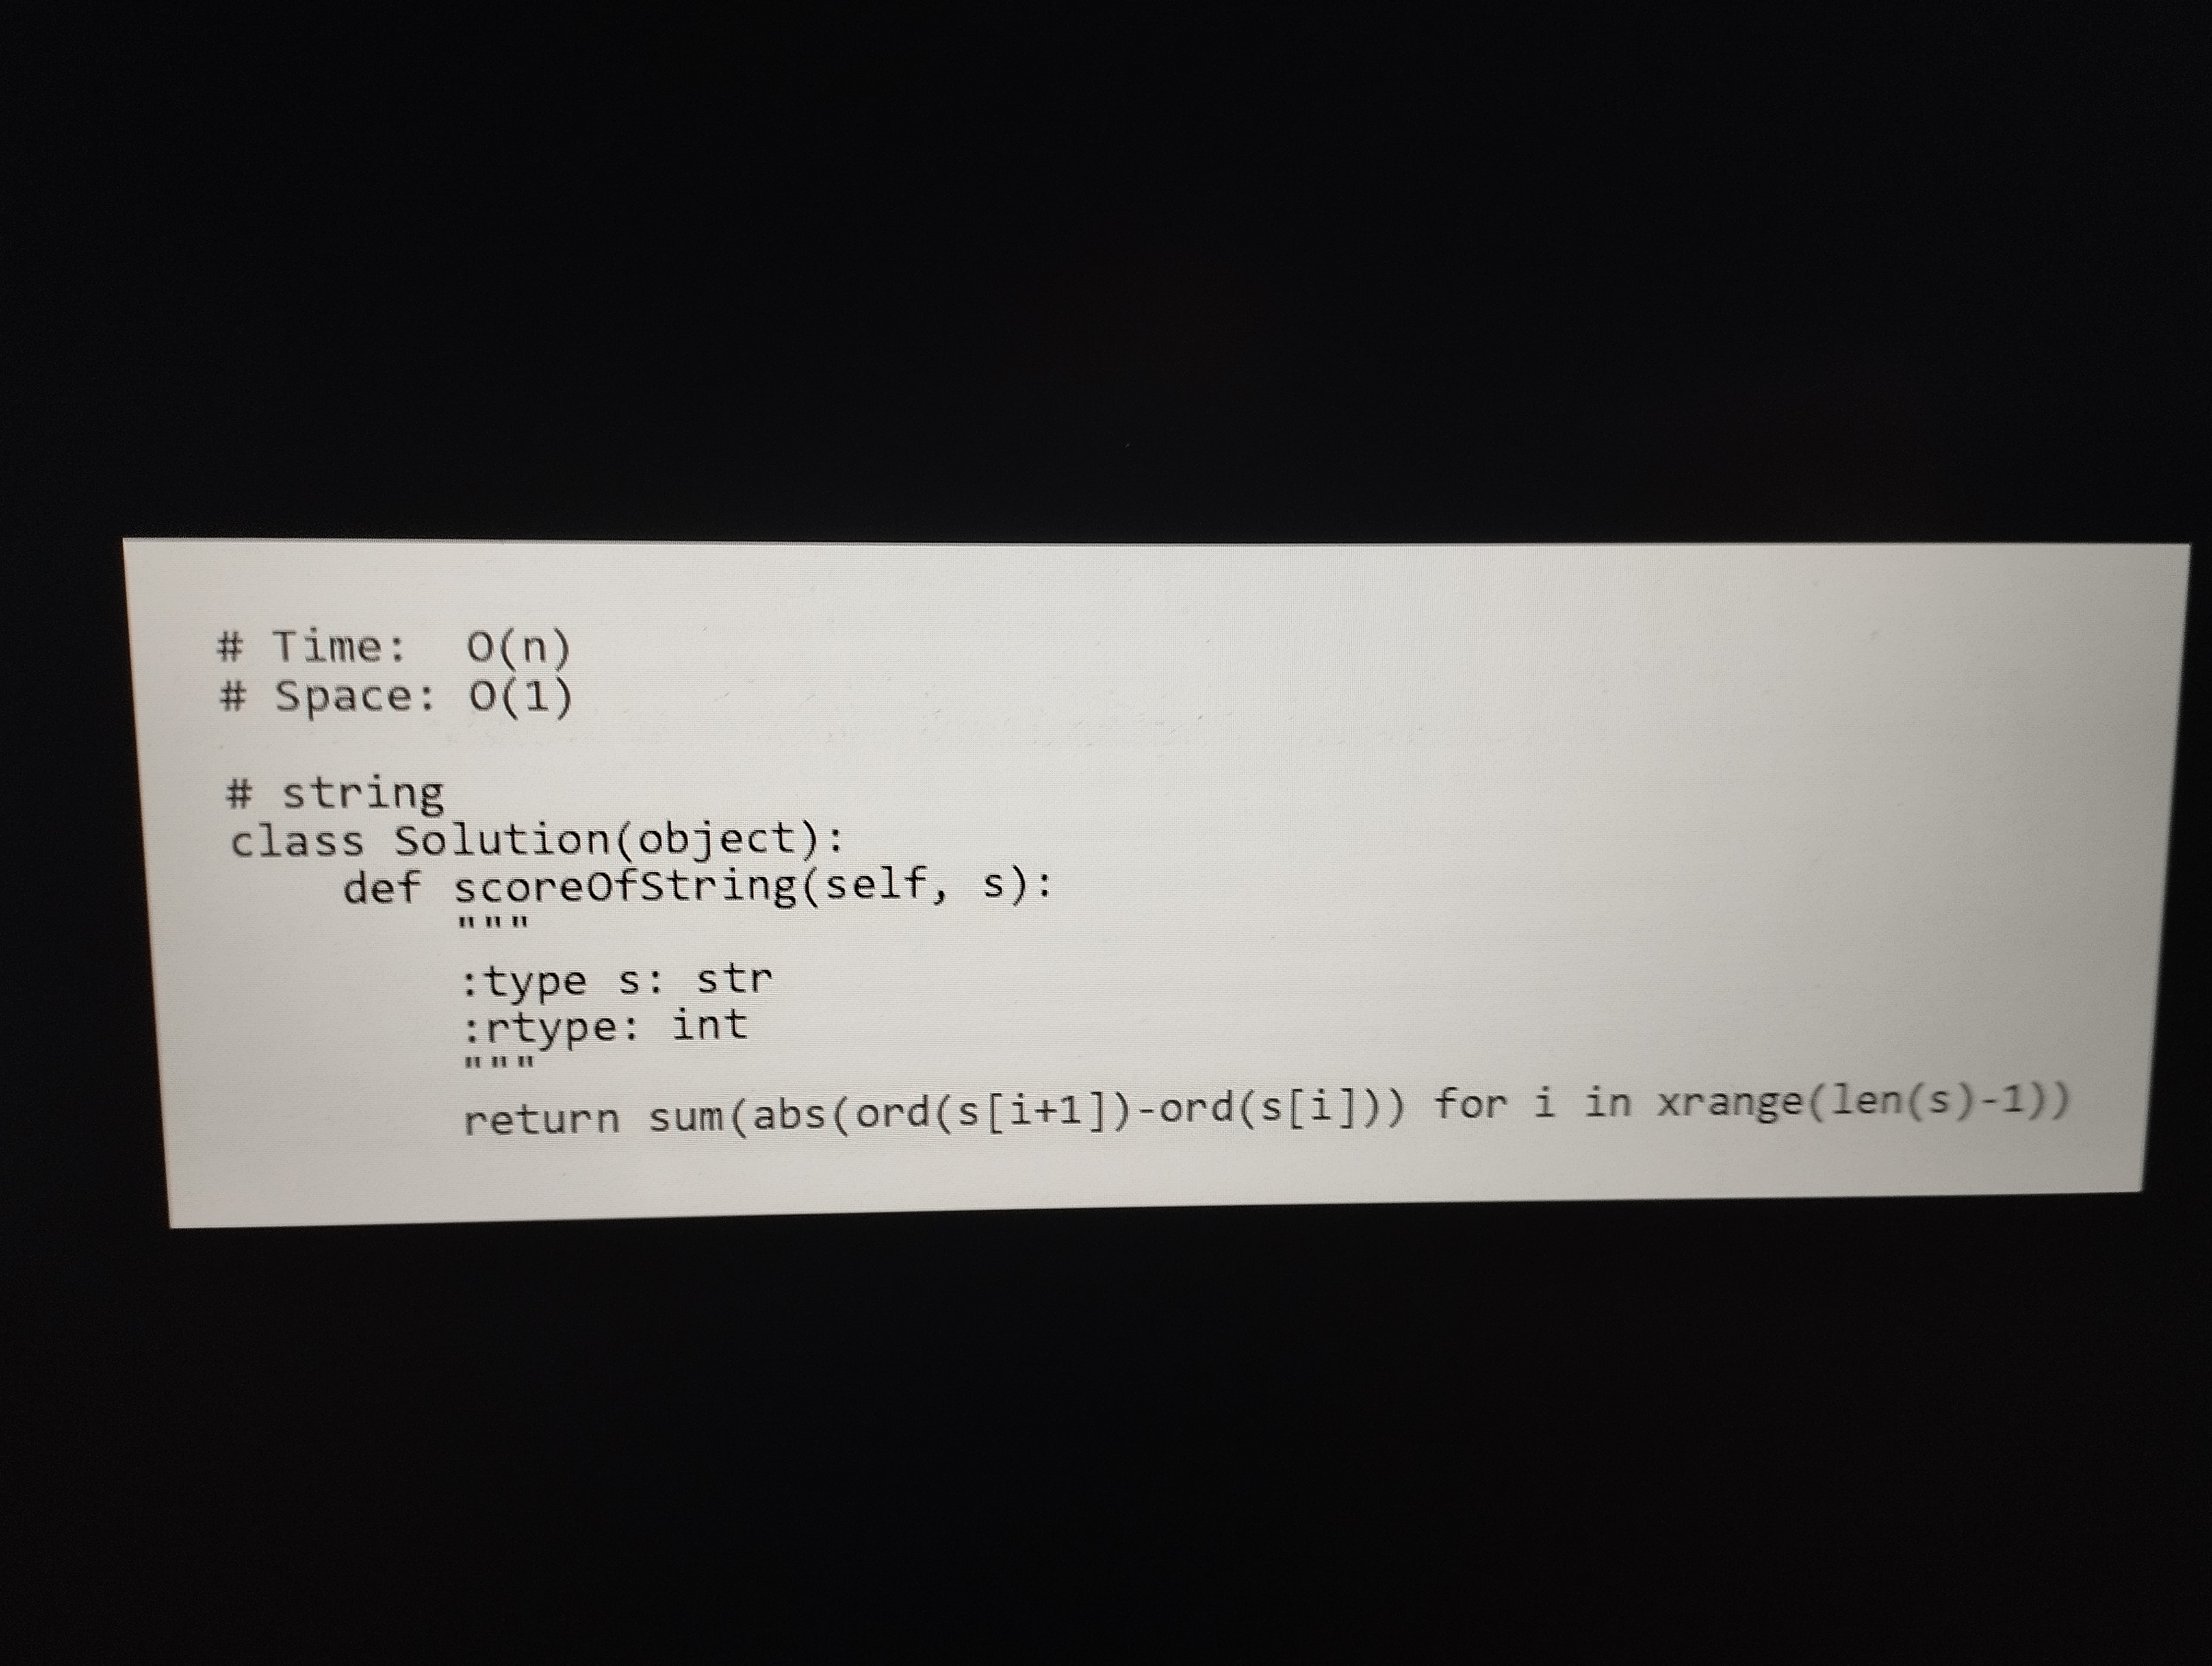
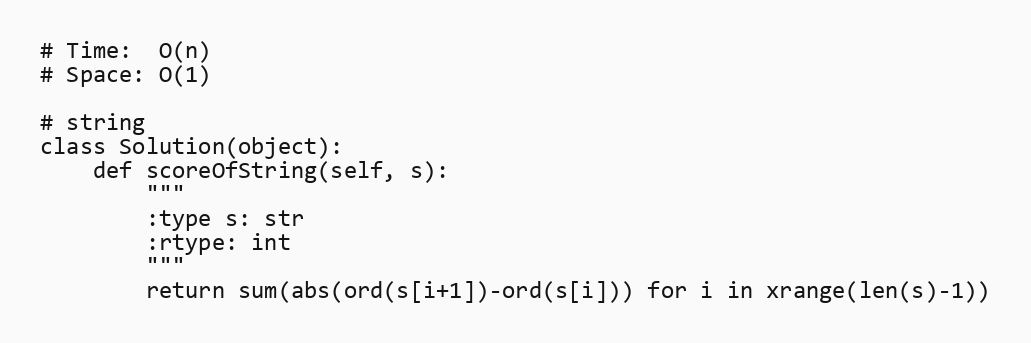
# Time:  O(n)
# Space: O(1)

# string
class Solution(object):
    def scoreOfString(self, s):
        """
        :type s: str
        :rtype: int
        """
        return sum(abs(ord(s[i+1])-ord(s[i])) for i in xrange(len(s)-1))